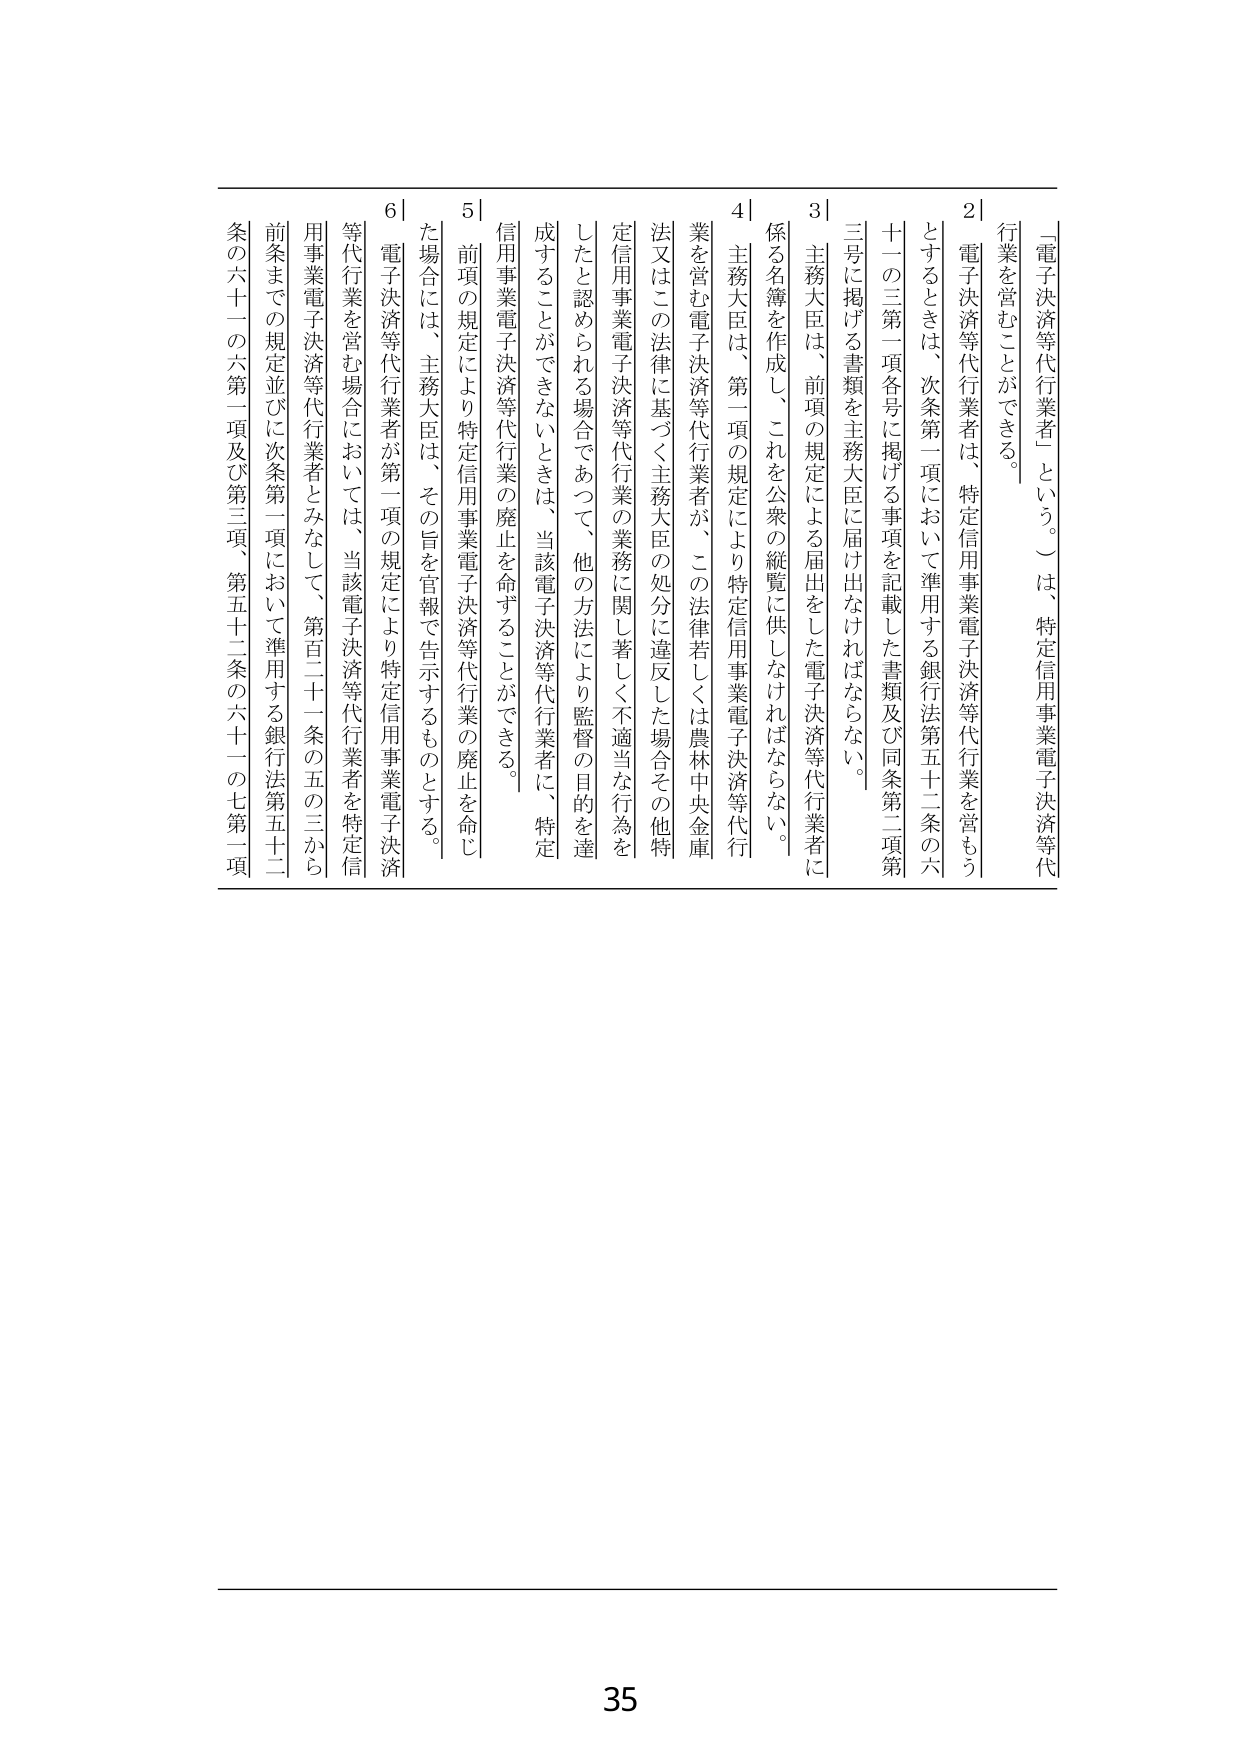
「電子決済等代行業者」という。）は、特定信用事業電子決済等代行業を営むことができる。

２ 電子決済等代行業者は、特定信用事業電子決済等代行業を営もうとするときは、次条第一項において準用する銀行法第五十二条の六十一の三第一項各号に掲げる事項を記載した書類及び同条第二項第十一号に掲げる書類を主務大臣に届け出なければならない。

３ 主務大臣は、前項の規定による届出をした電子決済等代行業者に係る名簿を作成し、これを公衆の縦覧に供しなければならない。

４ 主務大臣は、第一項の規定により特定信用事業電子決済等代行業を営む電子決済等代行業者が、この法律若しくは農林中央金庫法又はこの法律に基づく主務大臣の処分に違反した場合その他特定信用事業電子決済等代行業の業務に関して著しく不適当な行為をしたと認められる場合であつて、他の方法により監督の目的を達成することができないときは、当該電子決済等代行業者に、特定信用事業電子決済等代行業の廃止を命ずることができる。

５ 前項の規定により特定信用事業電子決済等代行業の廃止を命じた場合には、主務大臣は、その旨を官報で告示するものとする。

６ 電子決済等代行業者が第二項の規定により特定信用事業電子決済等代行業を営む場合においては、当該電子決済等代行業者を特定信用事業電子決済等代行業者とみなし、第百二十一条の五の三から前条までの規定並びに次条第一項において準用する銀行法第五十二条の六十一の六第一項及び第三項、第五十二条の六十一の七第二項

35